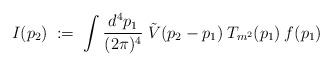
LaTeX: \begin{align*}I(p_2) \;:=\; \int \frac{d^4 p_1}{(2 \pi)^4} \;\tilde{V}(p_2-p_1) \: T_{m^2}(p_1) \: f(p_1)\end{align*}